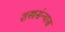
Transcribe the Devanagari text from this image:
शस्त्रसंन्यास